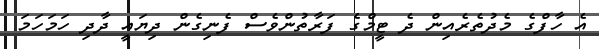
އެ ހާފްގެ މެދުތެރެއިން ދެ ޓީމްގެ ފަރާތުންވެސް ފެނިގެން ދިޔައީ ދާދި ހަމަހަމަ